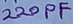
Text: 220PF